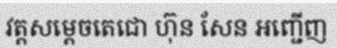
វត្តសម្តេចតេជោ ហ៊ុន សែន អញ្ជើញ